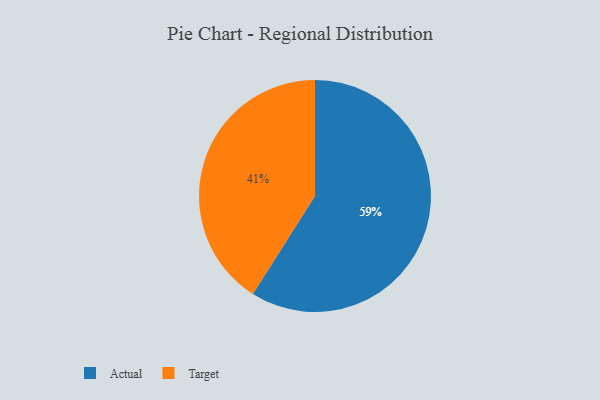
{"axis": {"x": "Category", "y": "Percentage"}, "legend": ["Actual", "Target"], "data": [{"x": "Actual", "y": 59, "type": "Actual"}, {"x": "Target", "y": 41, "type": "Target"}]}